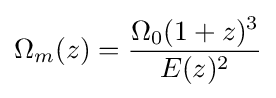
\Omega _{m}(z)={\frac {\Omega _{0}(1+z)^{3}}{E(z)^{2}}}